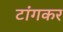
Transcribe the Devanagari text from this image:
टांगकर